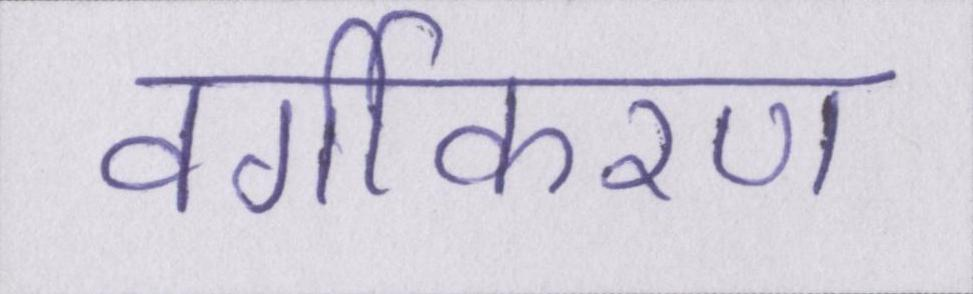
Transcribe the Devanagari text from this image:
वर्गीकरण